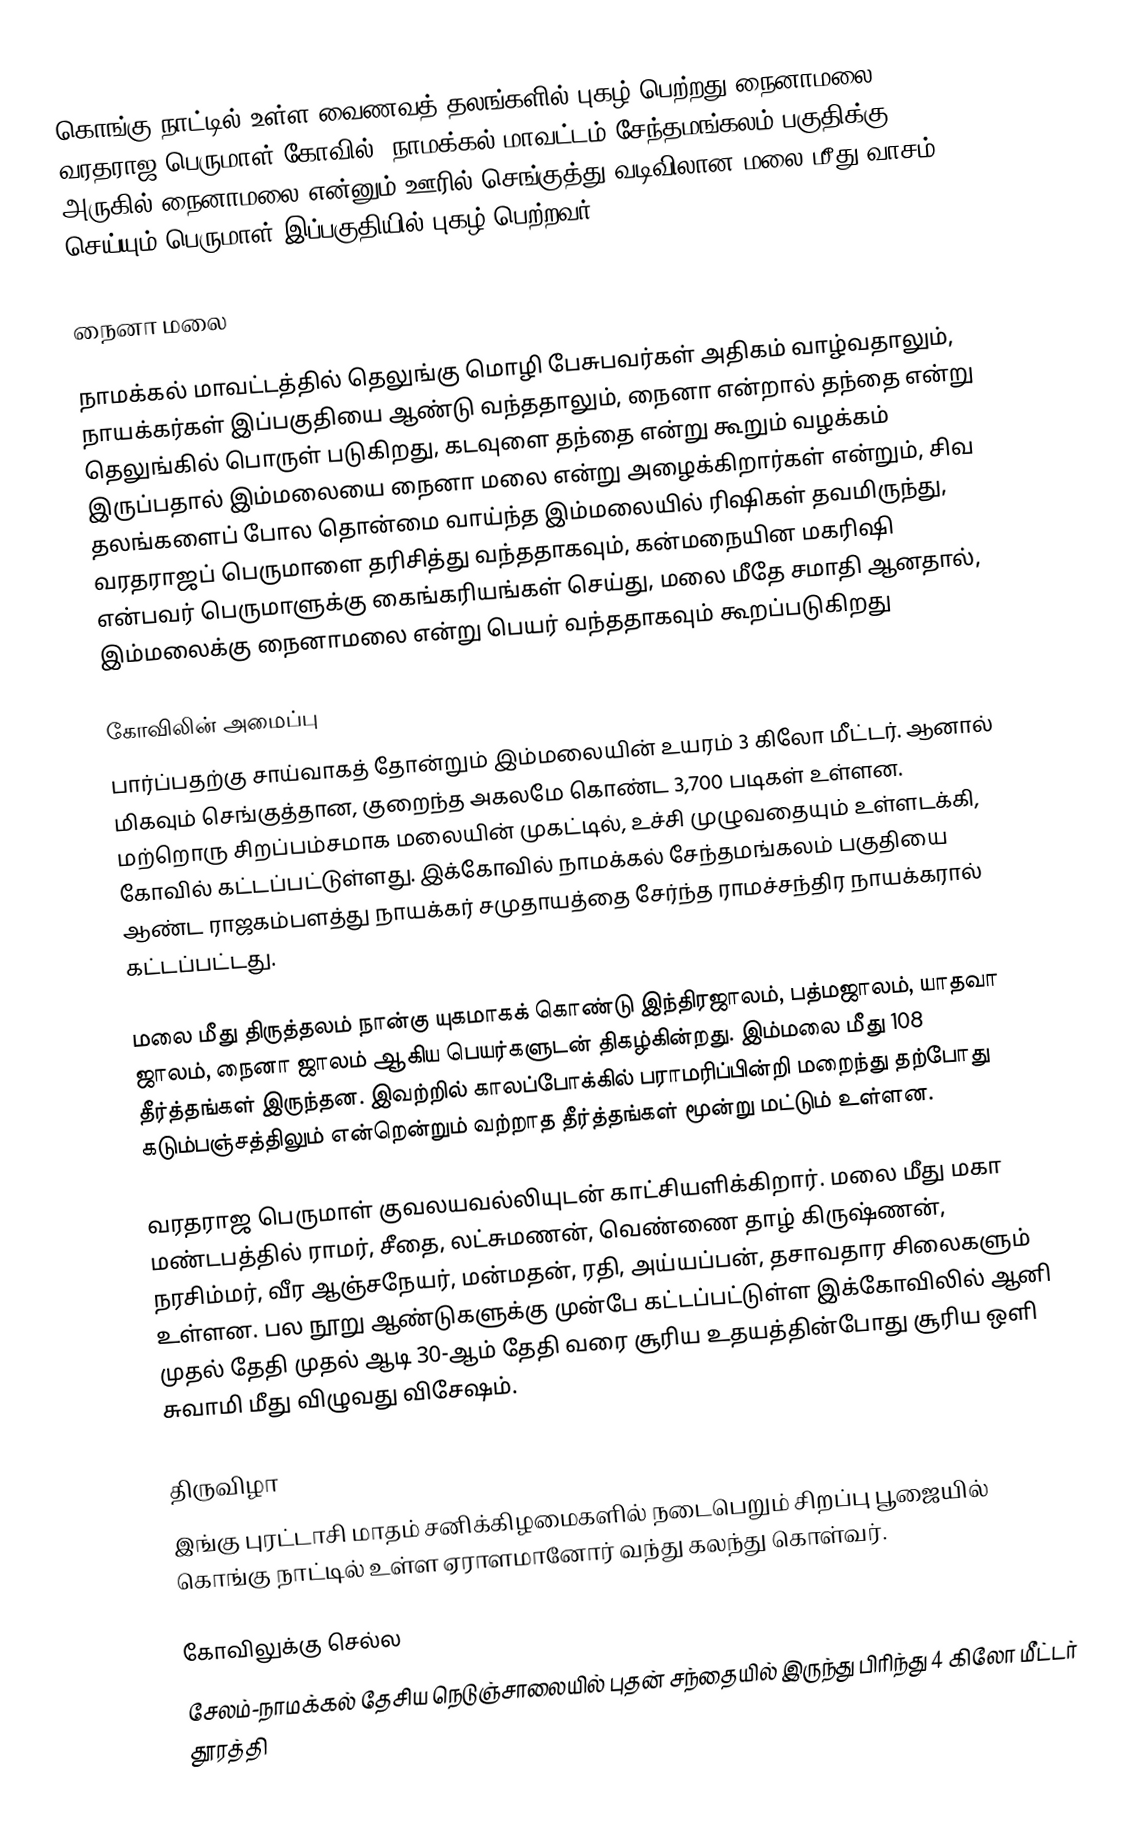
கொங்கு நாட்டில் உள்ள வைணவத் தலங்களில் புகழ் பெற்றது நைனாமலை வரதராஜ பெருமாள் கோவில், நாமக்கல் மாவட்டம் சேந்தமங்கலம் பகுதிக்கு அருகில் நைனாமலை என்னும் ஊரில் செங்குத்து வடிவிலான மலை மீது வாசம் செய்யும் பெருமாள் இப்பகுதியில் புகழ் பெற்றவர்.

நைனா மலை

நாமக்கல் மாவட்டத்தில் தெலுங்கு மொழி பேசுபவர்கள் அதிகம் வாழ்வதாலும், நாயக்கர்கள் இப்பகுதியை ஆண்டு வந்ததாலும்,  நைனா என்றால் தந்தை என்று தெலுங்கில் பொருள் படுகிறது, கடவுளை தந்தை என்று கூறும் வழக்கம் இருப்பதால் இம்மலையை நைனா மலை என்று அழைக்கிறார்கள் என்றும், சிவ தலங்களைப் போல தொன்மை வாய்ந்த இம்மலையில் ரிஷிகள் தவமிருந்து, வரதராஜப் பெருமாளை தரிசித்து வந்ததாகவும், கன்மநையின மகரிஷி என்பவர் பெருமாளுக்கு கைங்கரியங்கள் செய்து, மலை மீதே சமாதி ஆனதால், இம்மலைக்கு நைனாமலை என்று பெயர் வந்ததாகவும் கூறப்படுகிறது

கோவிலின் அமைப்பு
பார்ப்பதற்கு சாய்வாகத் தோன்றும் இம்மலையின் உயரம் 3 கிலோ மீட்டர். ஆனால் மிகவும் செங்குத்தான, குறைந்த அகலமே கொண்ட 3,700 படிகள் உள்ளன. மற்றொரு சிறப்பம்சமாக மலையின் முகட்டில், உச்சி முழுவதையும் உள்ளடக்கி, கோவில் கட்டப்பட்டுள்ளது. இக்கோவில் நாமக்கல் சேந்தமங்கலம் பகுதியை ஆண்ட ராஜகம்பளத்து நாயக்கர் சமுதாயத்தை சேர்ந்த ராமச்சந்திர நாயக்கரால் கட்டப்பட்டது.

மலை மீது திருத்தலம் நான்கு யுகமாகக் கொண்டு இந்திரஜாலம், பத்மஜாலம், யாதவா ஜாலம், நைனா ஜாலம் ஆகிய பெயர்களுடன் திகழ்கின்றது. இம்மலை மீது 108 தீர்த்தங்கள் இருந்தன. இவற்றில் காலப்போக்கில் பராமரிப்பின்றி மறைந்து தற்போது கடும்பஞ்சத்திலும் என்றென்றும் வற்றாத தீர்த்தங்கள் மூன்று மட்டும் உள்ளன.

வரதராஜ பெருமாள் குவலயவல்லியுடன் காட்சியளிக்கிறார். மலை மீது மகா மண்டபத்தில் ராமர், சீதை, லட்சுமணன், வெண்ணை தாழ் கிருஷ்ணன், நரசிம்மர், வீர ஆஞ்சநேயர், மன்மதன், ரதி, அய்யப்பன், தசாவதார சிலைகளும் உள்ளன. பல நூறு ஆண்டுகளுக்கு முன்பே கட்டப்பட்டுள்ள இக்கோவிலில் ஆனி முதல் தேதி முதல் ஆடி 30-ஆம் தேதி வரை சூரிய உதயத்தின்போது சூரிய ஒளி சுவாமி மீது விழுவது விசேஷம்.

திருவிழா
இங்கு புரட்டாசி மாதம் சனிக்கிழமைகளில் நடைபெறும் சிறப்பு பூஜையில் கொங்கு நாட்டில் உள்ள ஏராளமானோர் வந்து கலந்து கொள்வர்.

கோவிலுக்கு செல்ல
சேலம்-நாமக்கல் தேசிய நெடுஞ்சாலையில் புதன் சந்தையில் இருந்து பிரிந்து 4 கிலோ மீட்டர் தூரத்தி